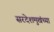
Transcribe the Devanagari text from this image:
सरदेशमुखंच्या